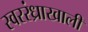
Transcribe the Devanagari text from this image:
स्वररंध्राखाली